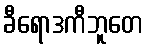
ခီရောဒကီဘူတေ